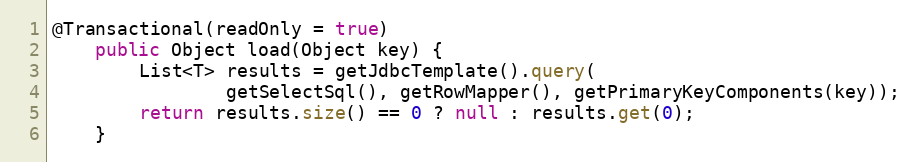
Language: Java
@Transactional(readOnly = true)
    public Object load(Object key) {
        List<T> results = getJdbcTemplate().query(
                getSelectSql(), getRowMapper(), getPrimaryKeyComponents(key));
        return results.size() == 0 ? null : results.get(0);
    }